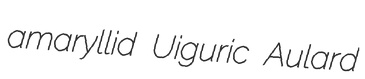
amaryllid Uiguric Aulard